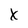
Character: x